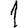
Digit: 1